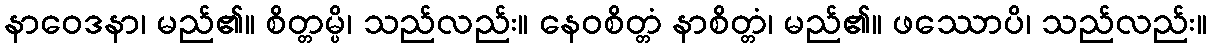
နာဝေဒနာ၊ မည်၏။ စိတ္တမ္ပိ၊ သည်လည်း။ နေဝစိတ္တံ နာစိတ္တံ၊ မည်၏။ ဖဿောပိ၊ သည်လည်း။